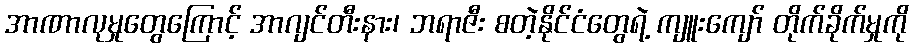
အာဏာလုမှုတွေကြောင့် အာဂျင်တီးနား၊ ဘရာဇီး စတဲ့နိုင်ငံတွေရဲ့ ကျူးကျော် တိုက်ခိုက်မှုကို